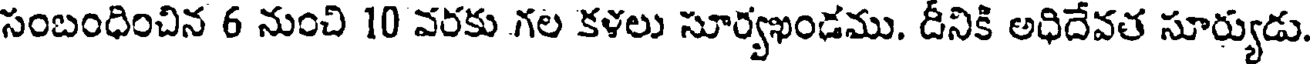
సంబంధించిన 6 నుంచి 10 వరకు గల కళలు సూర్వఖండము. దీనికి అధిదేవత సూర్యుడు.